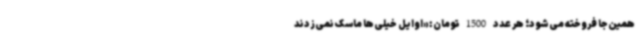
همین‌جا فروخته می‌شود؛ هر عدد 1500تومان: «اوایل خیلی‌ها ماسک نمی‌زدند